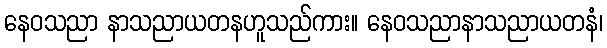
နေဝသညာ နာသညာယတနဟူသည်ကား။ နေဝသညာနာသညာယတနံ၊